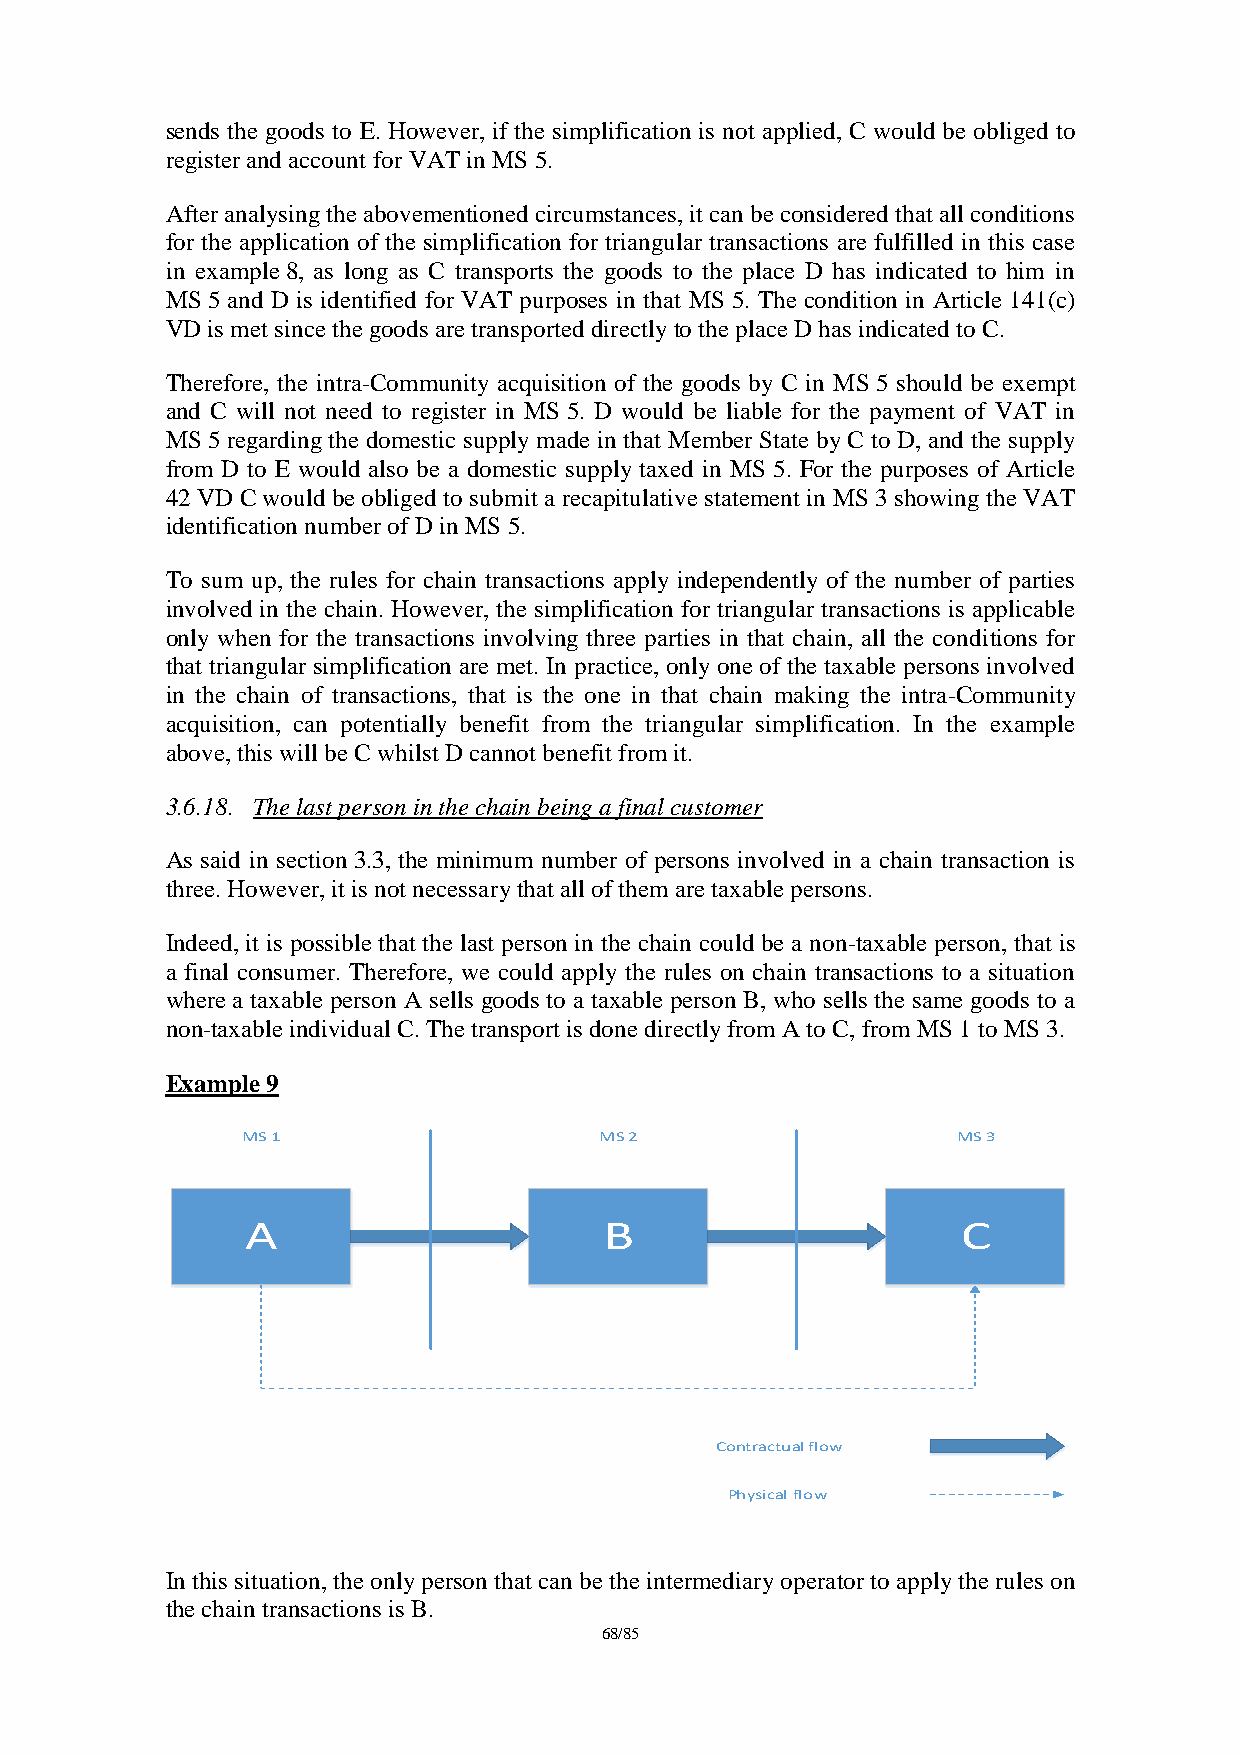
sends the goods to E. However, if the simplification is not applied, C would be obliged to
 register and account for VAT in MS 5.
 After analysing the abovementioned circumstances, it can be considered that all conditions
 for the application of the simplification for triangular transactions are fulfilled in this case
 in example 8, as long as C transports the goods to the place D has indicated to him in
 MS 5 and D is identified for VAT purposes in that MS 5. The condition in Article 141(c)
 VD is met since the goods are transported directly to the place D has indicated to C.
 Therefore, the intra-Community acquisition of the goods by C in MS 5 should be exempt
 and C will not need to register in MS 5. D would be liable for the payment of VAT in
 MS 5 regarding the domestic supply made in that Member State by C to D, and the supply
 from D to E would also be a domestic supply taxed in MS 5. For the purposes of Article
 42 VD C would be obliged to submit a recapitulative statement in MS 3 showing the VAT
 identification number of D in MS 5.
 To sum up, the rules for chain transactions apply independently of the number of parties
 involved in the chain. However, the simplification for triangular transactions is applicable
 only when for the transactions involving three parties in that chain, all the conditions for
 that triangular simplification are met. In practice, only one of the taxable persons involved
 in the chain of transactions, that is the one in that chain making the intra-Community
 acquisition, can potentially benefit from the triangular simplification. In the example
 above, this will be C whilst D cannot benefit from it.
 3.6.18. The last person in the chain being a final customer
 As said in section 3.3, the minimum number of persons involved in a chain transaction is
 three. However, it is not necessary that all of them are taxable persons.
 Indeed, it is possible that the last person in the chain could be a non-taxable person, that is
 a final consumer. Therefore, we could apply the rules on chain transactions to a situation
 where a taxable person A sells goods to a taxable person B, who sells the same goods to a
 non-taxable individual C. The transport is done directly from A to C, from MS 1 to MS 3.
 Example 9
 MS 1                    MS 2                   MS 3
 A                       B                       C
 Contractual flow
 Physical flow
 In this situation, the only person that can be the intermediary operator to apply the rules on
 the chain transactions is B.
 68/85